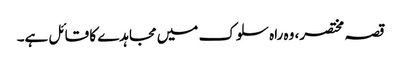
قصہ مختصر، وہ راہ سلوک میں مجاہدے کا قائل ہے۔